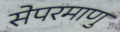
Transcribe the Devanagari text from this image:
सेपरमाणु